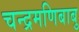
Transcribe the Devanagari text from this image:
चन्द्रमणिबाबु